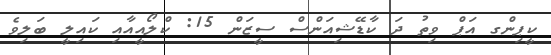
ކީޕިންގ އަޕް ވިތު ދަ ކާޑޭޝިއަންސް ސީޒަން 15: ކްލޯއީއާއި ކައިލީ ބަލިވެ